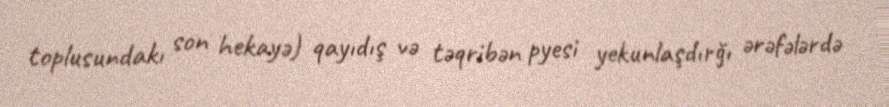
toplusundakı son hekayə) qayıdış və təqribən pyesi yekunlaşdırğı ərəfələrdə